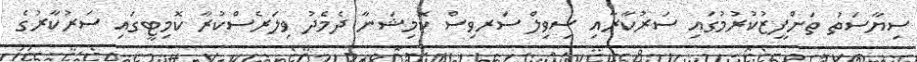
ސިޔާސަތު ތަންފީޒުކުރުމުގައި ސަރުކާރާއި ސިވިލް ސަރވިސް ކޮމިޝަނާ ދެމެދު ވިލަރެސްކުރާ ކޮމިޓީގައި ސަރުކާރުގެ